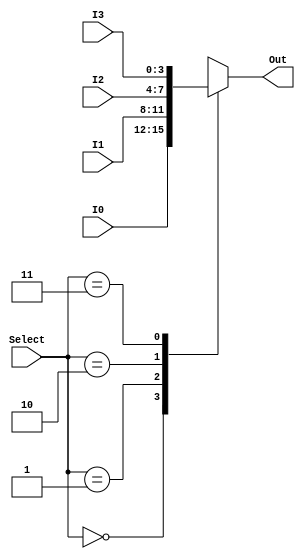
module Mux_4to1_4bit (I0, I1, I2, I3, Select, Out);
  
  //ports
  input wire [3:0] I0;
  input wire [3:0] I1;
  input wire [3:0] I2;
  input wire [3:0] I3;
  input wire [1:0] Select;
  output reg [3:0] Out;
  
  // internal
  reg error;
  
  always @(I0,I1,I2,I3,Select) begin
    case (Select)
      2'b00: begin
        Out = I0;
        error = 0;
      end
      2'b01: begin
        Out = I1;
        error = 0;
      end
      2'b10: begin
        Out = I2;
        error = 0;
      end
      2'b11: begin
        Out = I3;
        error = 0;
      end
      default: error=1; // Default case 
    endcase
  end

endmodule